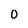
Character: 0